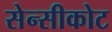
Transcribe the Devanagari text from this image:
सेन्सीकोट